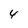
Character: 4